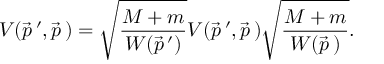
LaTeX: V ( \vec { p } \, ^ { \prime } , \vec { p } \, ) = \sqrt { \frac { M + m } { W ( \vec { p } \, ^ { \prime } ) } } { \cal V } ( \vec { p } \, ^ { \prime } , \vec { p } \, ) \sqrt { \frac { M + m } { W ( \vec { p } \, ) } } .